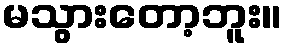
မသွားတော့ဘူး။